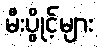
မီးပွိုင့်များ